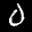
Label: 0